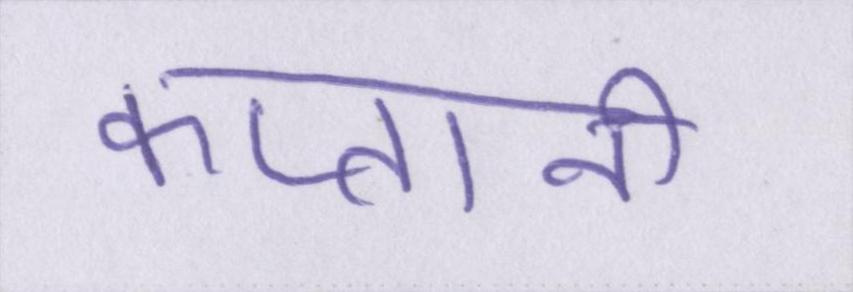
कप्तानी